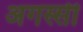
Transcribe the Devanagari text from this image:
अगस्सी